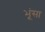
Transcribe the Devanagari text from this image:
भूंसा